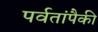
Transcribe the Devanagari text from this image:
पर्वतांपैकी